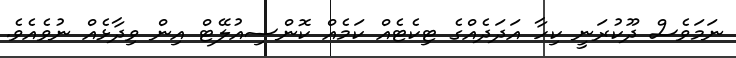
ނަމަވެސް ދޫކުރަނީ ކިހާ އަދަދެއްގެ ޓިކެޓެއް ކަމެއް ކޮންސިއުލޭޓް އިން ވިދާޅެއް ނުވެއެވެ.